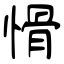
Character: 愲